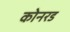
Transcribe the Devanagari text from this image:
कोनरड